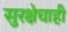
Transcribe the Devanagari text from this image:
सुरक्षेचाही